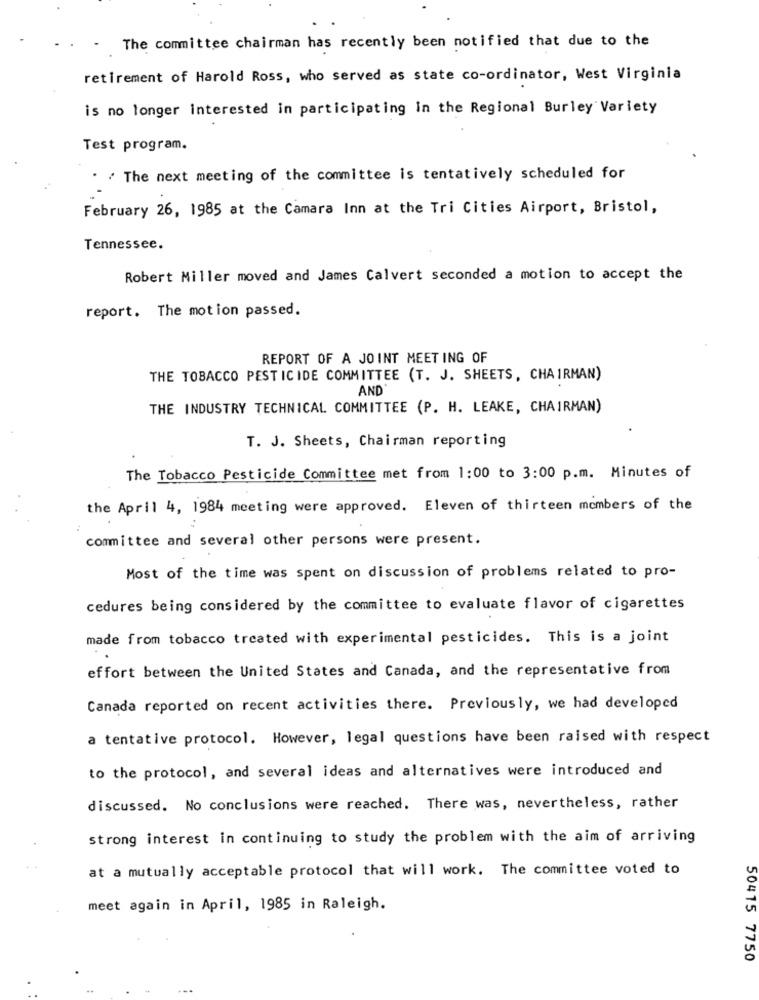
The committee chairman has recently been notified that due to the
retirement of Harold Ross, who served as state co-ordinator, West Virginia
is no longer interested in participating in the Regional Burley Variety
Test program.
. / The next meeting of the committee is tentatively scheduled for
February 26, 1985 at the Camara Inn at the Tri Cities Airport, Bristol,
Tennessee.
Robert Miller moved and James Calvert seconded a motion to accept the
report. The motion passed.
REPORT OF A JOINT MEETING OF
THE TOBACCO PESTICIDE COMMITTEE (T. J. SHEETS, CHAIRMAN)
AND'
THE INDUSTRY TECHNICAL COMMITTEE (P. H. LEAKE, CHAIRMAN)
T. J. Sheets, Chairman reporting
The Tobacco Pesticide Committee met from 1:00 to 3:00 p.m. Minutes of
the April 4, 1984 meeting were approved. Eleven of thirteen members of the
committee and several other persons were present.
Most of the time was spent on discussion of problems related to pro-
cedures being considered by the committee to evaluate flavor of cigarettes
made from tobacco treated with experimental pesticides. This is a joint
effort between the United States and Canada, and the representative from
Canada reported on recent activities there. Previously, we had developed
a tentative protocol. However, legal questions have been raised with respect
to the protocol, and several ideas and alternatives were introduced and
discussed. No conclusions were reached. There was, nevertheless, rather
strong interest in continuing to study the problem with the aim of arriving
at a mutually acceptable protocol that will work. The committee voted to
meet again in April, 1985 in Raleigh.
50415 7750